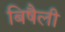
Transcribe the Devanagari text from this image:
बिषैली